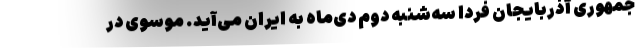
جمهورى آذربایجان فردا سه‌شنبه دوم دی‌ماه به ایران مى‌آید. موسوى در